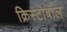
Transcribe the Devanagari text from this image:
क्रिस्टोबॉल